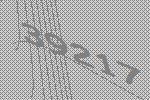
39217